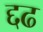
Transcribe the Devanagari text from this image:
द्दढ